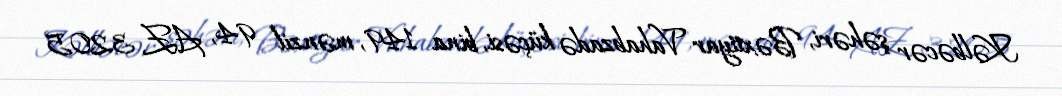
Kəlbəcər şəhəri, Bəxtiyar Vahabzadə küçəsi, bina 149, mənzil 94, AZ 3205